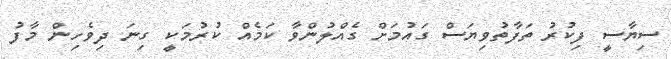
ސިޔާސީ ފިކުރު ތަފާތުވިޔަސް ގައުމަށް ގެއްލުންވާ ކަމެއް ކުރުމަކީ ގިނަ ދިވެހިން މާފު